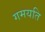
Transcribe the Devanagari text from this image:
गमयति